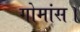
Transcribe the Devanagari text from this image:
गोमांस।